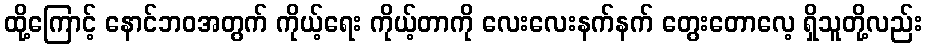
ထို့ကြောင့် နောင်ဘဝအတွက် ကိုယ့်ရေး ကိုယ့်တာကို လေးလေးနက်နက် တွေးတောလေ့ ရှိသူတို့လည်း